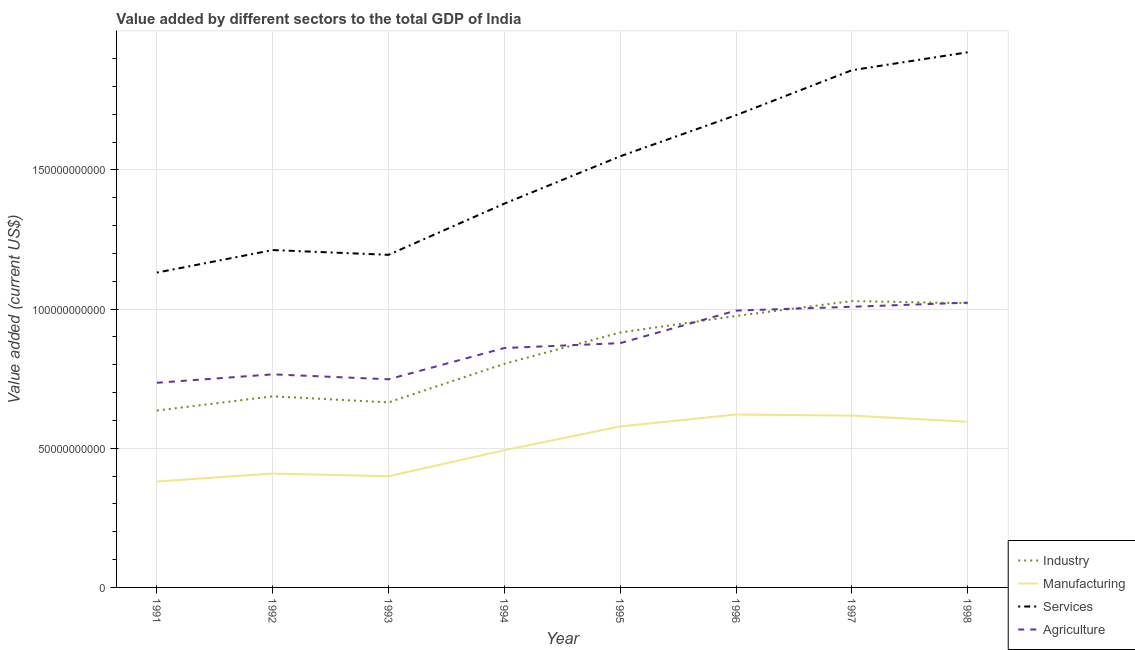
| Year | Industry | Manufacturing | Services | Agriculture |
 | --- | --- | --- | --- | --- |
 | 1991 | 6.36e+10 | 3.81e+10 | 1.13e+11 | 7.35e+10 |
 | 1992 | 6.87e+10 | 4.09e+10 | 1.21e+11 | 7.66e+10 |
 | 1993 | 6.65e+10 | 3.99e+10 | 1.2e+11 | 7.48e+10 |
 | 1994 | 8.03e+10 | 4.93e+10 | 1.38e+11 | 8.6e+10 |
 | 1995 | 9.16e+10 | 5.78e+10 | 1.55e+11 | 8.78e+10 |
 | 1996 | 9.75e+10 | 6.21e+10 | 1.7e+11 | 9.95e+10 |
 | 1997 | 1.03e+11 | 6.17e+10 | 1.86e+11 | 1.01e+11 |
 | 1998 | 1.02e+11 | 5.95e+10 | 1.92e+11 | 1.02e+11 |